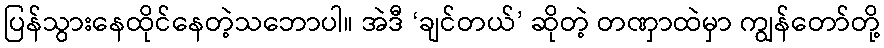
ပြန်သွားနေထိုင်နေတဲ့သဘောပါ။ အဲဒီ ‘ချင်တယ်’ ဆိုတဲ့ တဏှာထဲမှာ ကျွန်တော်တို့